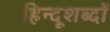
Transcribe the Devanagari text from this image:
हिन्दूशब्दों